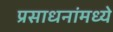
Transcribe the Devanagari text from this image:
प्रसाधनांमध्ये